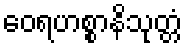
ဝေရဟစ္စာနိသုတ္တံ